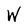
Character: W